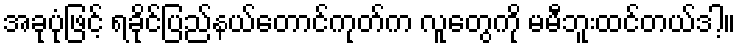
အခုပုံဖြင့် ရခိုင်ပြည်နယ်တောင်ကုတ်က လူတွေကို မမီဘူးထင်တယ်ဒါ့။